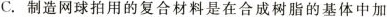
C.制造网球拍用的复合材料是在合成树脂的基体中加